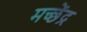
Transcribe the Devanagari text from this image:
मच्छेंद्र